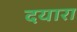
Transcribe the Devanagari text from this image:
दयारा